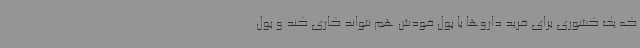
که یک کشوری برای خرید داروها با پول خودش هم نتواند کاری کند و پول